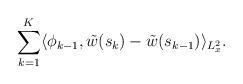
LaTeX: \begin{align*} \sum_{k=1}^{K}\langle \phi_{k-1}, \tilde{w}(s_k)-\tilde{w}(s_{k-1})\rangle_{L^2_x}.\end{align*}